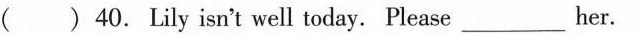
( ) 40.Lily isn't well today. Please _ her.